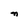
Character: n